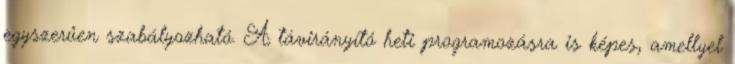
egyszerűen szabályozható. A távirányító heti programozásra is képes, amellyel